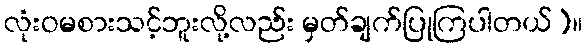
လုံးဝမစားသင့်ဘူးလို့လည်း မှတ်ချက်ပြုကြပါတယ်)။